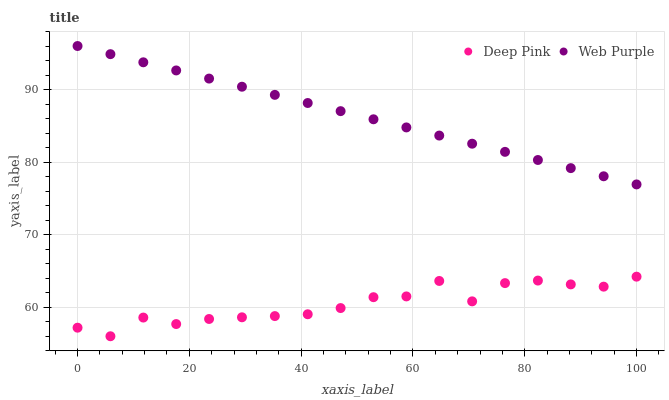
| xaxis_label | Deep Pink | Web Purple |
 | --- | --- | --- |
 | 0 | 57.2 | 96 |
 | 5.88 | 56 | 94.9 |
 | 11.8 | 58.6 | 93.8 |
 | 17.6 | 57.7 | 92.6 |
 | 23.5 | 58.4 | 91.5 |
 | 29.4 | 58.6 | 90.4 |
 | 35.3 | 58.8 | 89.3 |
 | 41.2 | 59 | 88.1 |
 | 47.1 | 59.9 | 87 |
 | 52.9 | 61.4 | 85.9 |
 | 58.8 | 61.5 | 84.8 |
 | 64.7 | 63.6 | 83.7 |
 | 70.6 | 60.8 | 82.5 |
 | 76.5 | 63.3 | 81.4 |
 | 82.4 | 63.7 | 80.3 |
 | 88.2 | 63.1 | 79.2 |
 | 94.1 | 62.8 | 78 |
 | 100 | 64.2 | 76.9 |